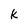
Character: k